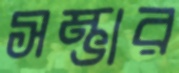
সম্ভার